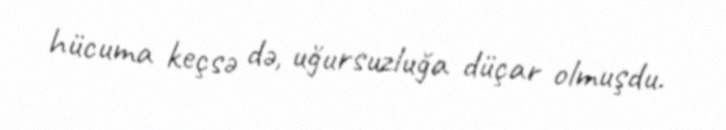
hücuma keçsə də, uğursuzluğa düçar olmuşdu.